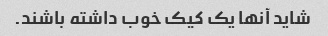
شاید آنها یک کیک خوب داشته باشند.